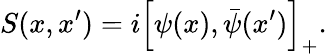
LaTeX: S(x,x^{\prime})=i\left[\psi(x),\bar{\psi}(x^{\prime})\right]_{+}.